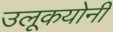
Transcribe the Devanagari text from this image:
उलूकयोनी